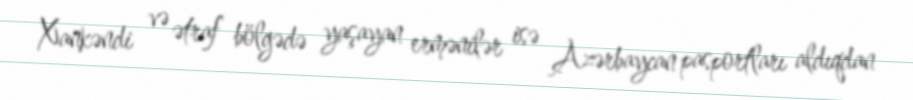
Xankəndi və ətraf bölgədə yaşayan ermənilər isə Azərbaycan pasportları aldıqdan